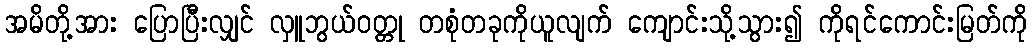
အမိတို့အား ပြောပြီးလျှင် လှူဘွယ်ဝတ္တု တစုံတခုကိုယူလျက် ကျောင်းသို့သွား၍ ကိုရင်ကောင်းမြတ်ကို